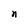
Character: n